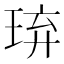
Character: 𤥡